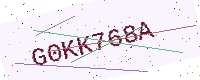
Text: G0KK768A